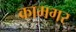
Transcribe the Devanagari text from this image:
कामगर